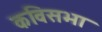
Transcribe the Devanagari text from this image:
कविसभा